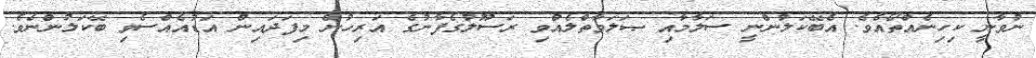
ނުވާނީ ކިހިނެއްތޯއެވެ. އެބޭކަލުންނީ ސަލާމާއި ޞަލަވާތްލެއްވި ރަސޫލުގެފާނުގެ އަރިހުން މިފަދައިން އަޑުއެއްސެވި ބޭކަލުންނެވެ.